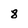
Character: 8